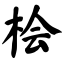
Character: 桧